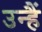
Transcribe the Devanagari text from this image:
उन्हैं